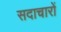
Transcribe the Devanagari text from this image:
सदाचारों